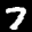
Label: 7